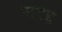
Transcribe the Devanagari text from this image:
समद्द